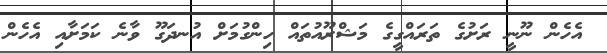
އެހެން ނޫނީ ރަށުގެ ތަރައްގީގެ މަޝްރޫއުތައް ހިންގުމަށް އުނދަގޫ ވާނެ ކަމަށާއި އެހެން